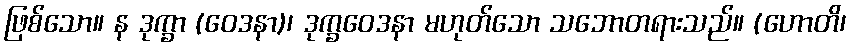
ဖြစ်သော။ န ဒုက္ခာ (ဝေဒနာ)၊ ဒုက္ခဝေဒနာ မဟုတ်သော သဘောတရားသည်။ (ဟောတိ၊